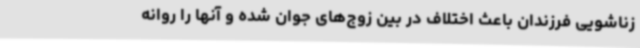
زناشویی فرزندان باعث اختلاف در بین زوج‌های جوان شده و آنها را روانه